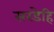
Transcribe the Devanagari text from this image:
सरडेहि